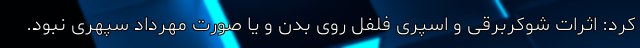
کرد: اثرات شوکربرقی و اسپری فلفل روی بدن و یا صورت مهرداد سپهری نبود.